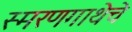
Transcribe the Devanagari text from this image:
स्मरणगाथेचे